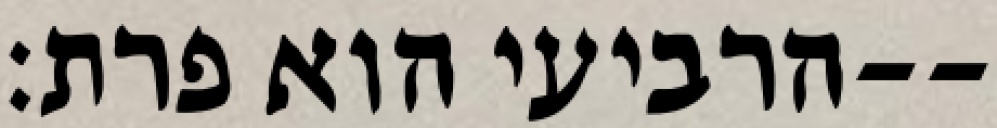
הרביעי הוא פרת׃--